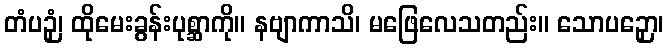
တံပဉှံ၊ ထိုမေးခွန်းပုစ္ဆာကို။ နဗျာကာသိ၊ မဖြေလေသတည်း။ သောပဉှော၊